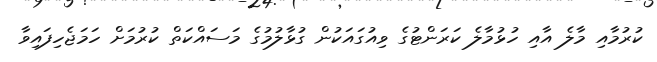
ކުރުމާއި މާލެ އާއި ހުޅުމާލެ ކަރަންޓުގެ ވިއުގައަކުން ގުޅާލުމުގެ މަސައްކަތް ކުރުމަށް ހަމަޖެހިފައިވާ